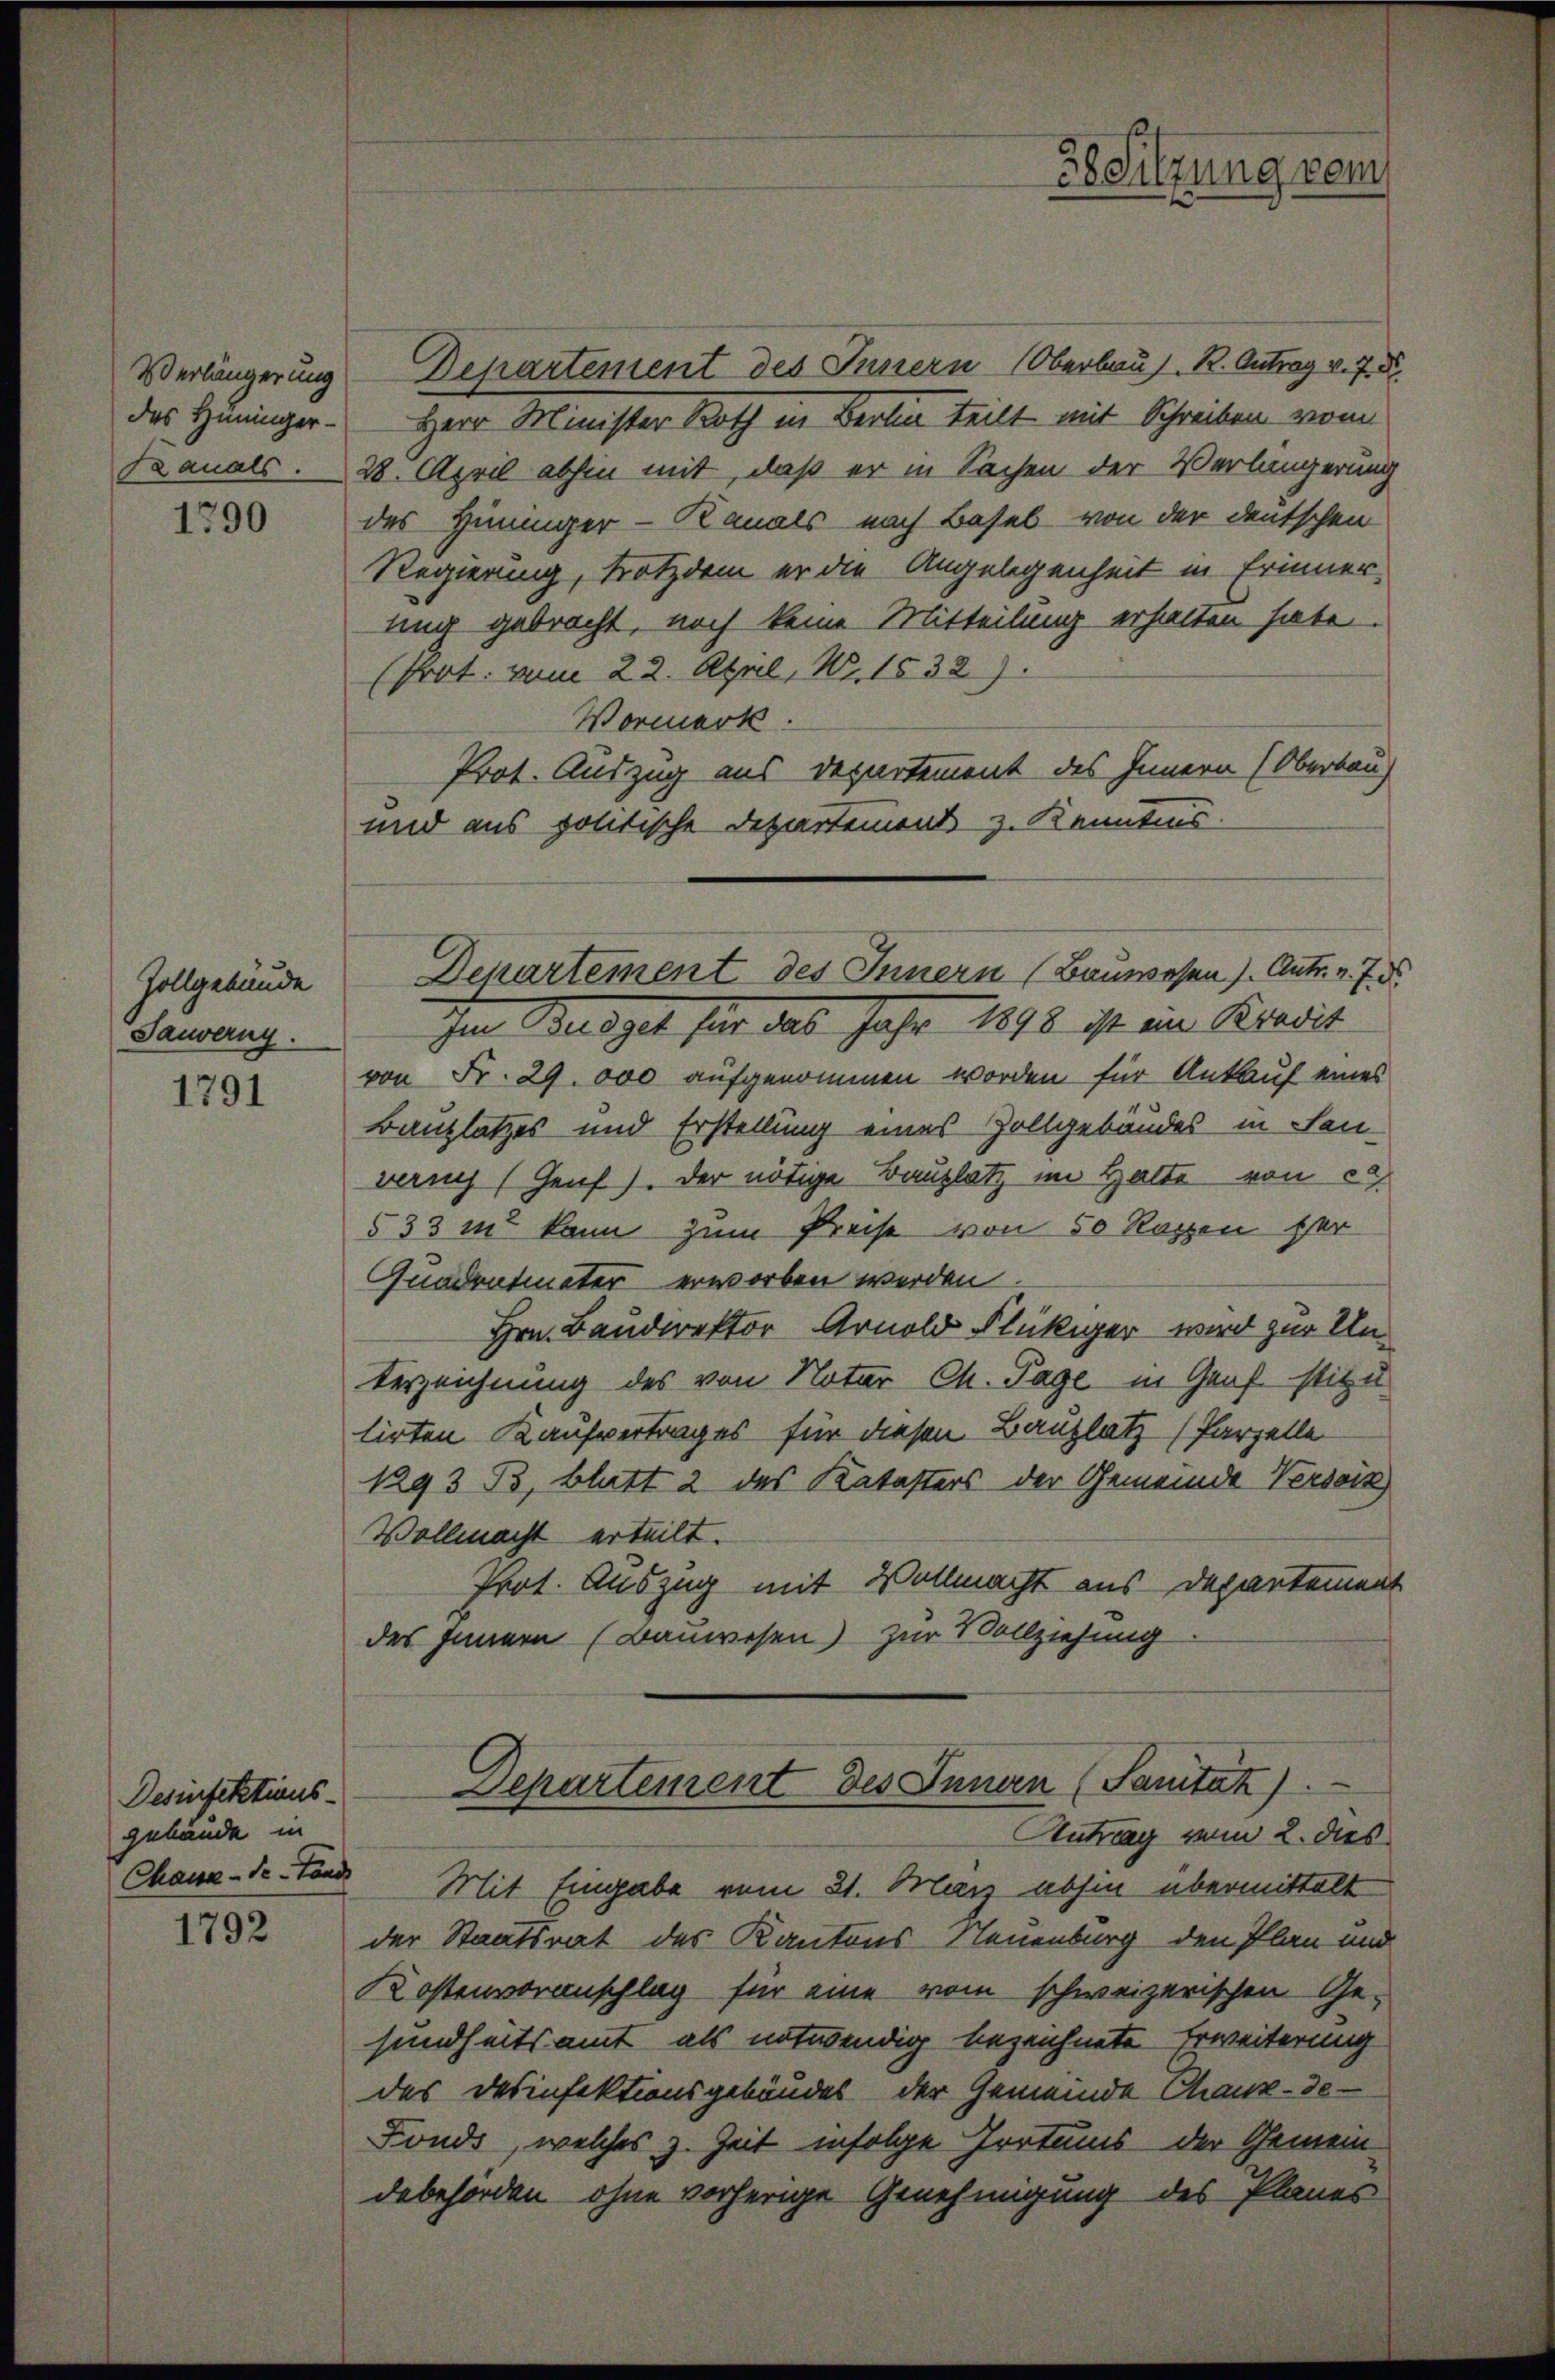
des Hüninger¬

1790

Zollgebäude
Sauverny.

1791

Desinfektionsgebäude in
Chassa-de-Fond

1792

Verlängerung Departement des Innern (Oberbaus R. Antrag v. 7. d.
Herr Minister Roth in Berlin teilt mit Schreiben vom
Kanals. 28. April abhin mit, daß er in Sachen der Verlängerung
des Hinunger-Kanals nach Basel von der deutschen
Regierung, trotzdem er die Angelegenheit in Erinneruig gebracht, noch keine Mitteilung erhalten habe.
(Prot. vom 22. April, 141532).
Vormerk.
Prot. Auszug aus Departement des Innern (Oberbau
und aus politische Departement z. Kenntnis
Im Budget hat das Jahr 1898 ist ein Kredit
von Fr. 29. 000 aufgenommen worden für Ankauf eines
Bauplatzes und Erstellung eines Zollgebäudes in Hanven (Genf). Der nötige Bauplatz im Halte von e
533 in kann zum Preise von 50 Rachen Her
Quadratmeter erworben werden
Hrn. Baudirektor Arnold Flückiger wird zur Unterzeichnung des von Notar Ch. Tage in Graf stitu
lirten Kaufvertrages für diesen Bauplatz (Parzelle
1293 B. Blatt 2 des Katasters der Gemeinde Verseit
Vollmacht erteilt.
Prot. Auszug mit Vollmacht aus Departement
des Innern (Bauwesen) zur Vollziehung

Departement des Innern (Bauwesen). Antr. v. 7. d.

Sitzung vom

Departement des Innern (Sanität).
Antrag zum 2. dies

Mit Eingabe vom 21. März abhin übermittelt
der Staatsrat des Kantons Neuenburg den Plan und
Kostenvoranschlag für eine vom schweizerischen Ge-
sundheitsamt als notwendig bezeichnete Erweiterung
des Desinfektionsgebäudes der Gemeinde Chaux-de-
Fonds, welches z. Zeit infolge Irrtums der Gemeindebehörden ohne vorherige Genehmigung des Planes